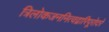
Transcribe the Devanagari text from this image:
त्रिलोकजननित्वद्वारिपूरोदरे